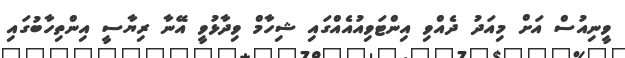
ވީނިއުސް އަށް މިއަދު ދެއްވި އިންޓަވިއުއެއްގައި ޝިހާމް ވިދާޅުވީ އޭނާ ރިޔާސީ އިންތިހާބުގައި